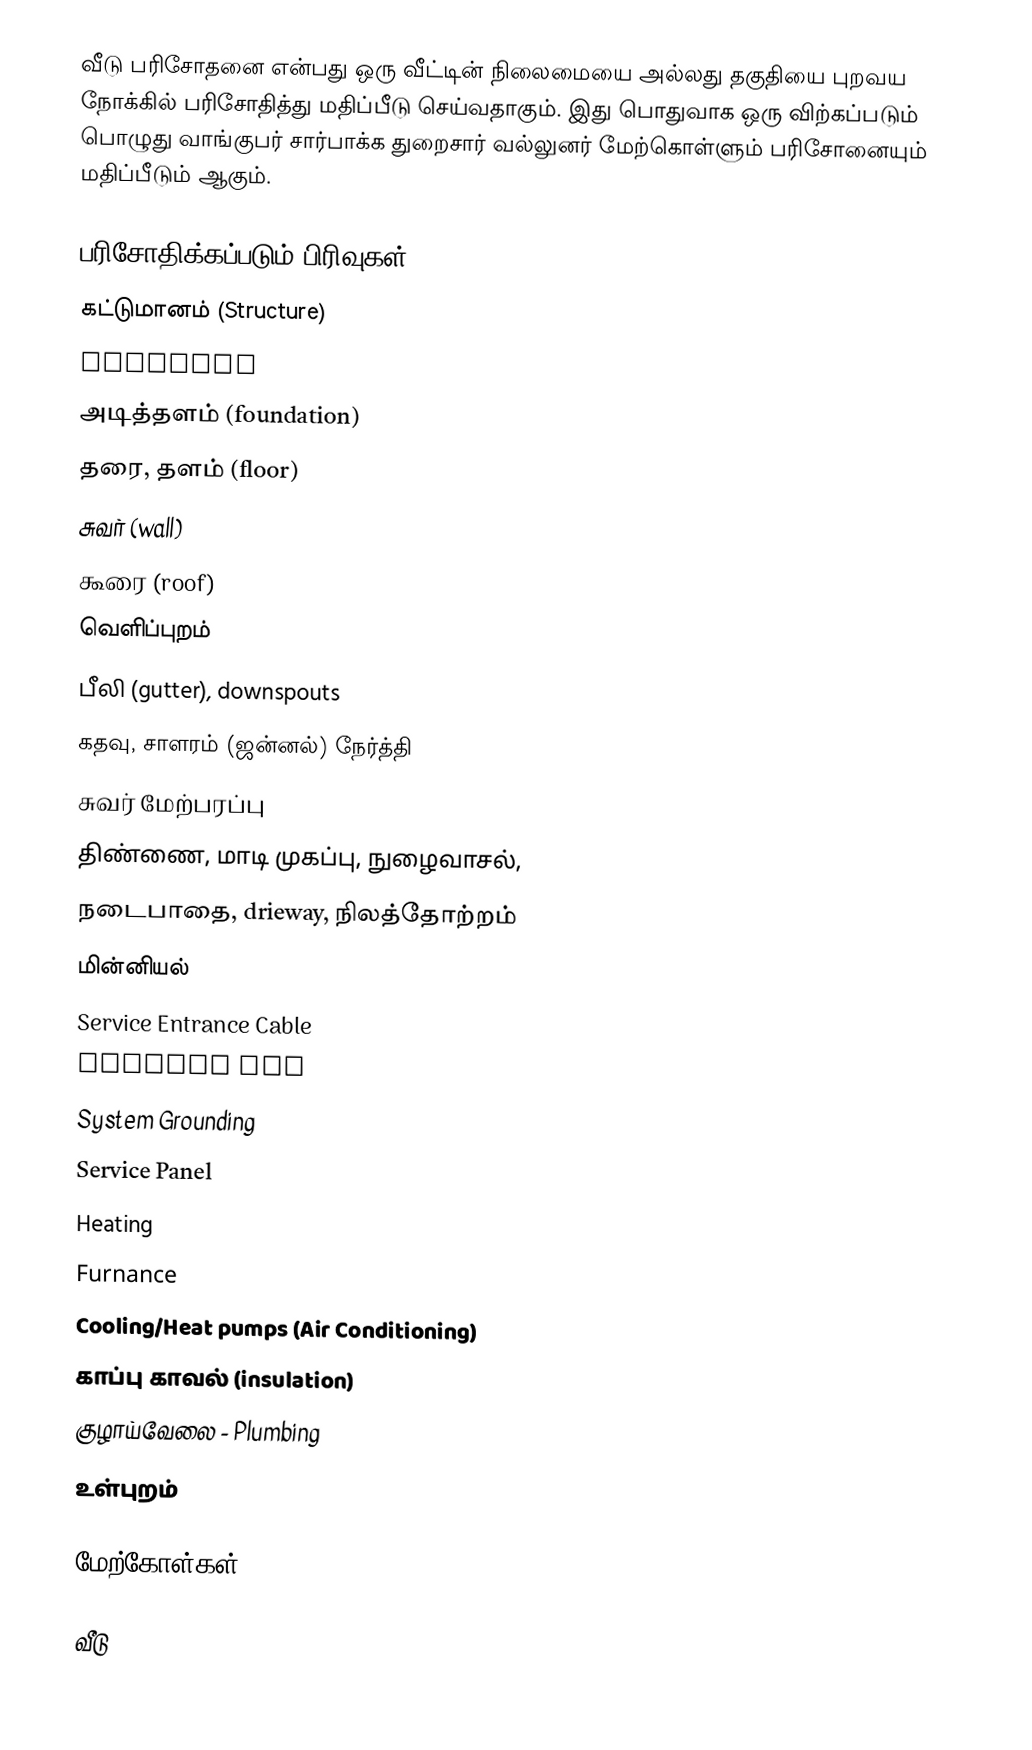
வீடு பரிசோதனை என்பது ஒரு வீட்டின் நிலைமையை அல்லது தகுதியை புறவய நோக்கில் பரிசோதித்து மதிப்பீடு செய்வதாகும்.  இது பொதுவாக ஒரு விற்கப்படும் பொழுது வாங்குபர் சார்பாக்க துறைசார் வல்லுனர் மேற்கொள்ளும் பரிசோனையும் மதிப்பீடும் ஆகும்.

பரிசோதிக்கப்படும் பிரிவுகள்
 கட்டுமானம் (Structure)
 Footings
 அடித்தளம் (foundation)
 தரை, தளம் (floor)
 சுவர் (wall)
 கூரை (roof)
 வெளிப்புறம்
 பீலி (gutter), downspouts
 கதவு, சாளரம் (ஜன்னல்) நேர்த்தி
 சுவர் மேற்பரப்பு
 திண்ணை, மாடி முகப்பு, நுழைவாசல்,
 நடைபாதை, drieway, நிலத்தோற்றம்
 மின்னியல்
 Service Entrance Cable
 Service Box
 System Grounding
 Service Panel
 Heating
 Furnance
 Cooling/Heat pumps (Air Conditioning)
 காப்பு காவல் (insulation)
 குழாய்வேலை - Plumbing
 உள்புறம்

மேற்கோள்கள்

வீடு